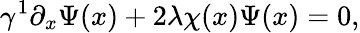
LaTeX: \gamma^{1}\partial_{x}\Psi(x)+2\lambda\chi(x)\Psi(x)=0,